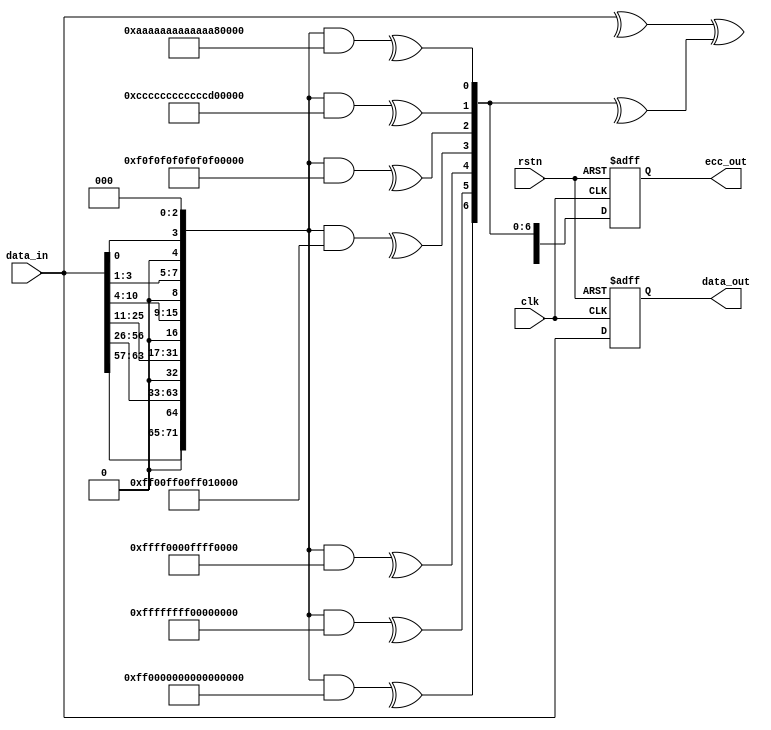
module ecc_enc (
    input  wire                  clk       , // clock
    input  wire                  rstn      , // reset
    input  wire [63:0]           data_in   , // data input
    output reg  [63:0]           data_out  , // data output
    output reg  [ 7:0]           ecc_out     // ecc output
);

localparam DATA_WIDTH   = 64 ;
localparam ECC_WIDTH    = 8  ;
localparam DATAECC_WIDTH = DATA_WIDTH + ECC_WIDTH;
localparam PARITY_WIDTH = ECC_WIDTH - 1;

wire [DATAECC_WIDTH-1:0]              bitmap      ;
wire [PARITY_WIDTH*DATAECC_WIDTH-1:0] mask        ;
wire [PARITY_WIDTH -1:0]              even_parity ;
wire                                  secded      ;

//         0   1   2   3   4   5   6   7   8   9  10  11  12  13  14  15  16  17  18  19  20  21
//            p0  p1  d0  p2  d1  d2  d3  p3  d4  d5  d6  d7  d8  d9 d10  p4 d11 d12 d13 d14 d15
// secded      x   x   x   x   x   x   x   x   x   x   x   x   x   x   x   x   x   x   x   x   x
// p0          x       x       x       x       x       x       x       x   x   x   x   x   x   x
// p1              x   x           x   x           x   x           x   x   x   x   x   x   x   x
// p2                      x   x   x   x                   x   x   x   x   x   x   x   x   x   x
// p3                                      x   x   x   x   x   x   x   x   x   x   x   x   x   x
// p4                                                                      x   x   x   x   x   x

assign bitmap[    0] = 1'b0          ; // dummy
assign bitmap[    1] = 1'b0          ; // dummy P0
assign bitmap[    2] = 1'b0          ; // dummy P1
assign bitmap[    3] = data_in[    0];
assign bitmap[    4] = 1'b0          ; // dummy P2
assign bitmap[ 7: 5] = data_in[ 3: 1];
assign bitmap[    8] = 1'b0          ; // dummy P3
assign bitmap[15: 9] = data_in[10: 4];
assign bitmap[   16] = 1'b0          ; // dummy P4
assign bitmap[31:17] = data_in[25:11];
assign bitmap[   32] = 1'b0          ; // dummy P5
assign bitmap[63:33] = data_in[56:26];
assign bitmap[   64] = 1'b0          ; // dummy P6
assign bitmap[DATAECC_WIDTH-1:65] = data_in[DATA_WIDTH-1:57];

generate
    genvar v_pa, v_dt;
    for(v_pa=0; v_pa<PARITY_WIDTH; v_pa=v_pa+1) begin : g_pa_mask
        for(v_dt=0; v_dt<DATAECC_WIDTH; v_dt=v_dt+1) begin : g_dt_mask
            assign mask[v_pa*DATAECC_WIDTH + v_dt] = ((v_dt % (2**(v_pa+1))) >=  (2**(v_pa))) ? 1'b1 : 1'b0 ;
        end
    end
    for(v_pa=0; v_pa<PARITY_WIDTH; v_pa=v_pa+1) begin : g_parity
        assign even_parity[v_pa] = ^(bitmap & mask[(v_pa+1)*DATAECC_WIDTH-1:v_pa*DATAECC_WIDTH]);
    end
endgenerate

assign secded = (^data_in) ^ (^even_parity);

always @(posedge clk or negedge rstn) begin
    if (!rstn) begin
        data_out <= {DATA_WIDTH{1'b0}};
        ecc_out  <= {ECC_WIDTH{1'b0}};
    end else begin
        data_out <= data_in;
        ecc_out  <= {secded, even_parity};
    end
end


endmodule